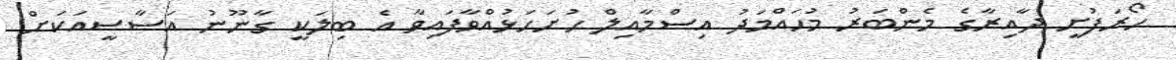
ހޯރަފުށީ ދާއިރާގެ މެންބަރު މުހައްމަދު އިސްމާއިލް ހުށަހަޅުއްވާފައިވާ އެ ބިލަކީ ގާނޫނު އަސާސީއަކަށް